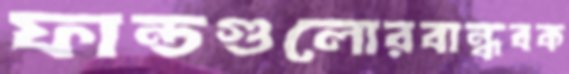
ফান্ডগুলোরবান্ধবক